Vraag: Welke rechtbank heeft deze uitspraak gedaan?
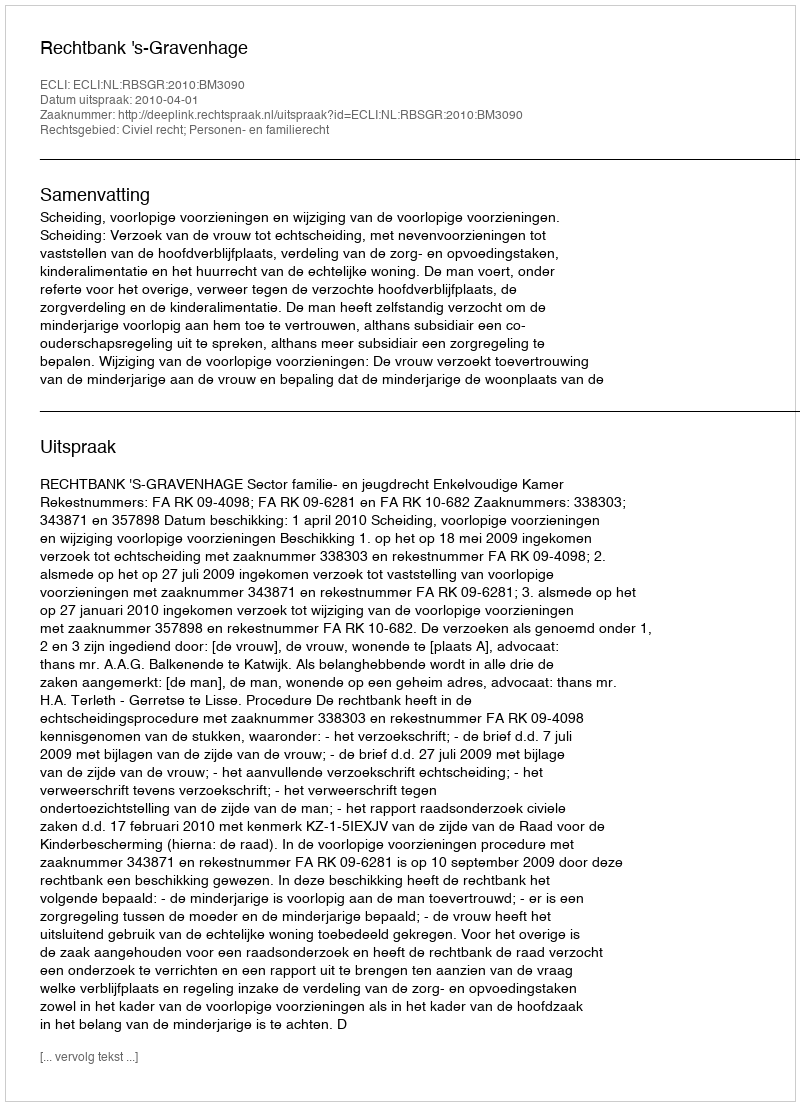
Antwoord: Rechtbank 's-Gravenhage